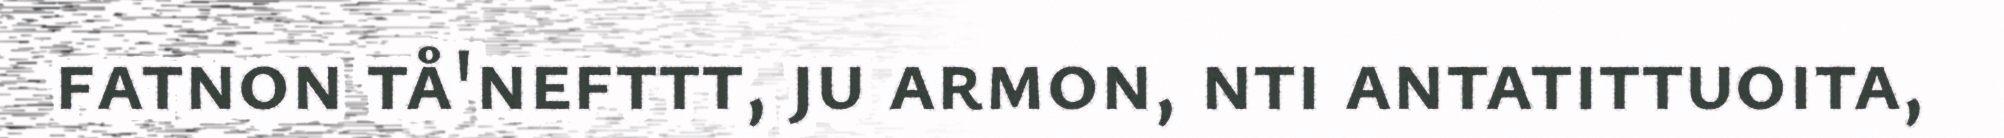
fatnon tå'nefttt, ju armon, nti antatittuoita,